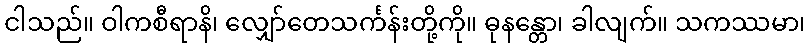
ငါသည်။ ဝါကစီရာနိ၊ လျှော်တေသင်္ကန်းတို့ကို။ ဓုနန္တော၊ ခါလျက်။ သကဿမာ၊